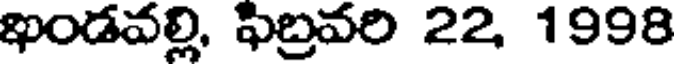
ఖండవల్లి, ఫిబ్రవరి 22, 1998